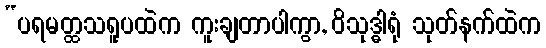
“ပရမတ္ထသရူပထဲက ကူးချတာပါကွာ, ဝိသုဒ္ဓါရုံ သုတ်နက်ထဲက